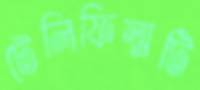
টেলিফিল্মটি